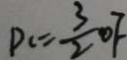
P _ { c } = \frac { 3 } { 2 } O F